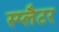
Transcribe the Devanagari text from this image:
स्प्लैटर